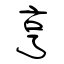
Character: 亨